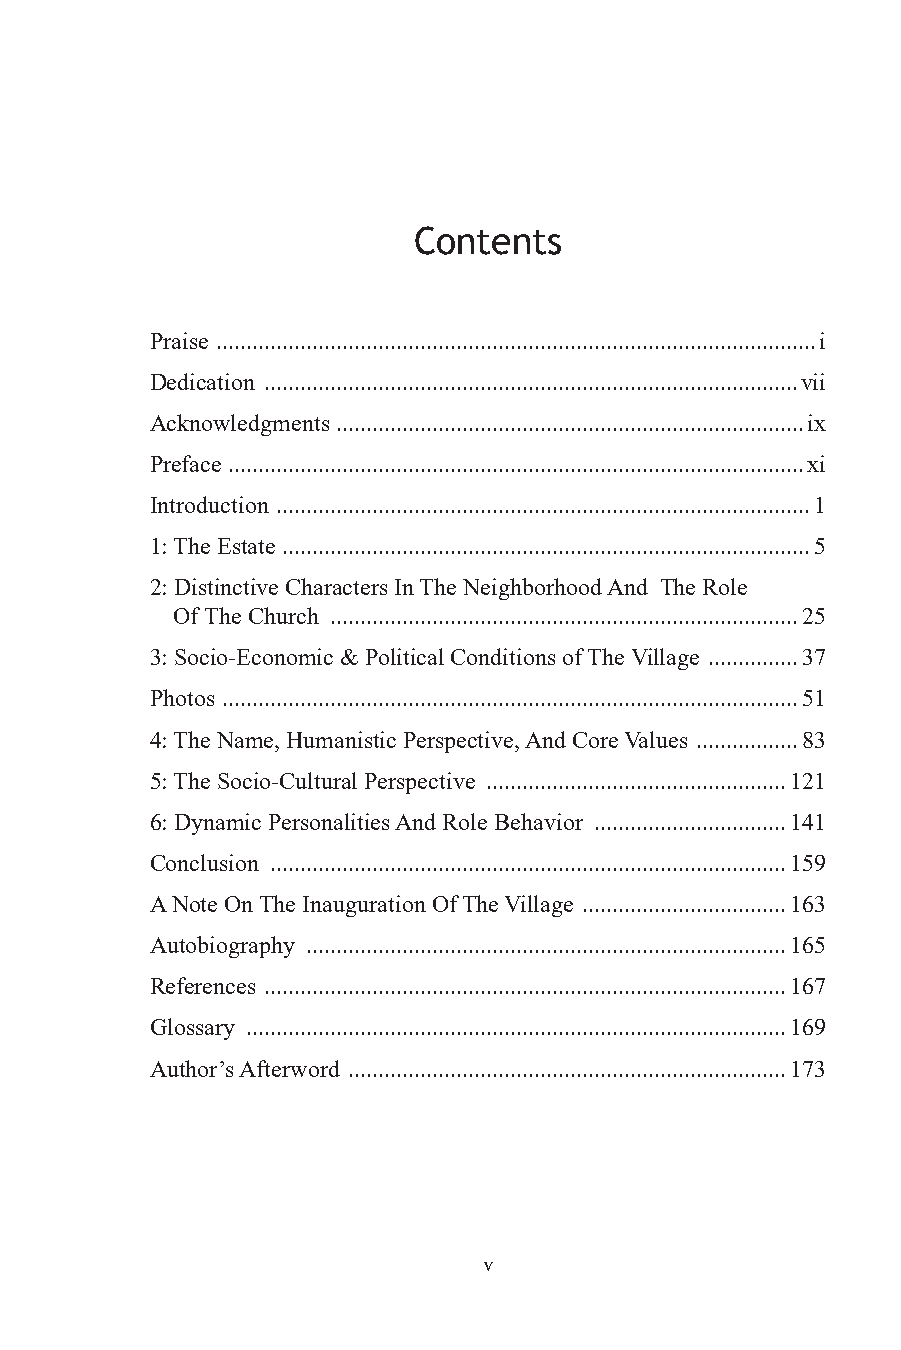
Contents
 Praise ....................................................................................................i
 Dedication .........................................................................................vii
 Acknowledgments ..............................................................................ix
 Preface ................................................................................................xi
 Introduction .........................................................................................1
 1: The Estate ........................................................................................5
 2: Distinctive Characters In The Neighborhood And The Role
 Of The Church ..............................................................................25
 3: Socio-Economic & Political Conditions of The Village ...............37
 Photos ................................................................................................51
 4: The Name, Humanistic Perspective, And Core Values .................83
 5: The Socio-Cultural Perspective ..................................................121
 6: Dynamic Personalities And Role Behavior ................................141
 Conclusion ......................................................................................159
 A Note On The Inauguration Of The Village ..................................163
 Autobiography ................................................................................165
 References .......................................................................................167
 Glossary ..........................................................................................169
 Author’s Afterword .........................................................................173
 v